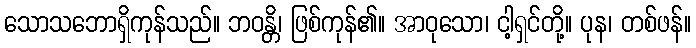
သောသဘောရှိကုန်သည်။ ဘဝန္တိ၊ ဖြစ်ကုန်၏။ အာဝုသော၊ ငါ့ရှင်တို့။ ပုန၊ တစ်ဖန်။